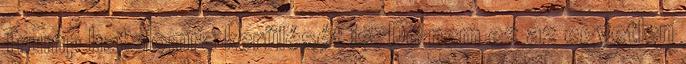
Trump hatalomra kerülését is. De nem ez az egyetlen